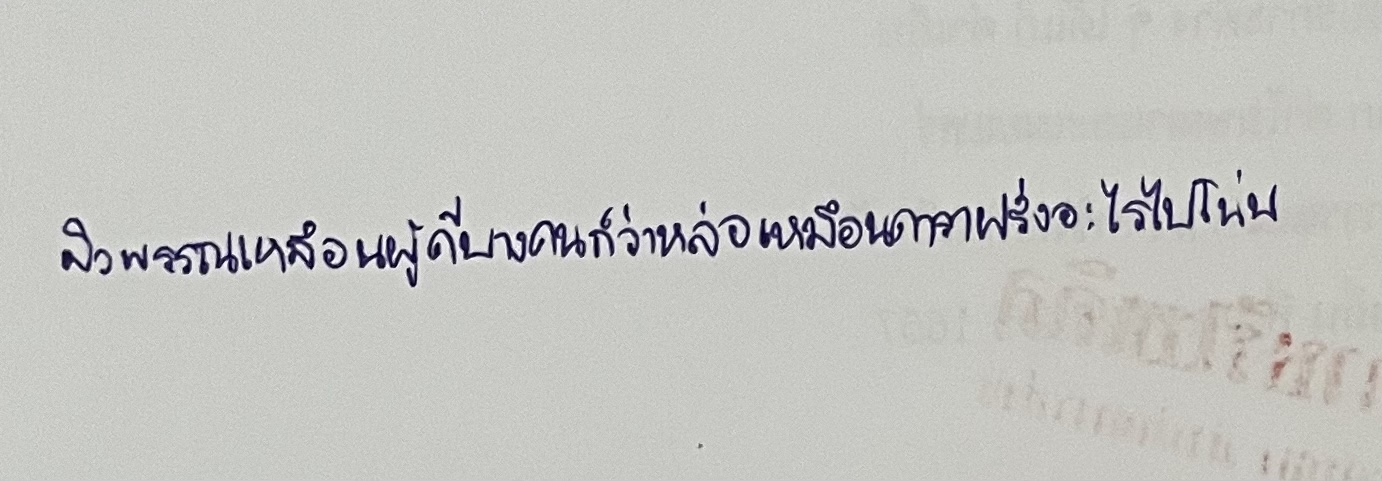
ผิวพรรณเหมือนผู้ดีบางคนก็ว่าหล่อเหมือนดาราฝรั่งอะไรไปโน่น